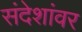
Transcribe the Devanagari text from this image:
संदेशांवर